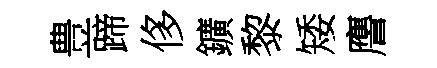
豊蹄侈鑛黎矮譍